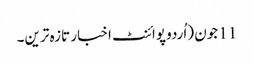
11 جون (اُردو پوائنٹ اخبار تازہ ترین۔